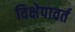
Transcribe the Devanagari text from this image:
विक्षेपावर्त